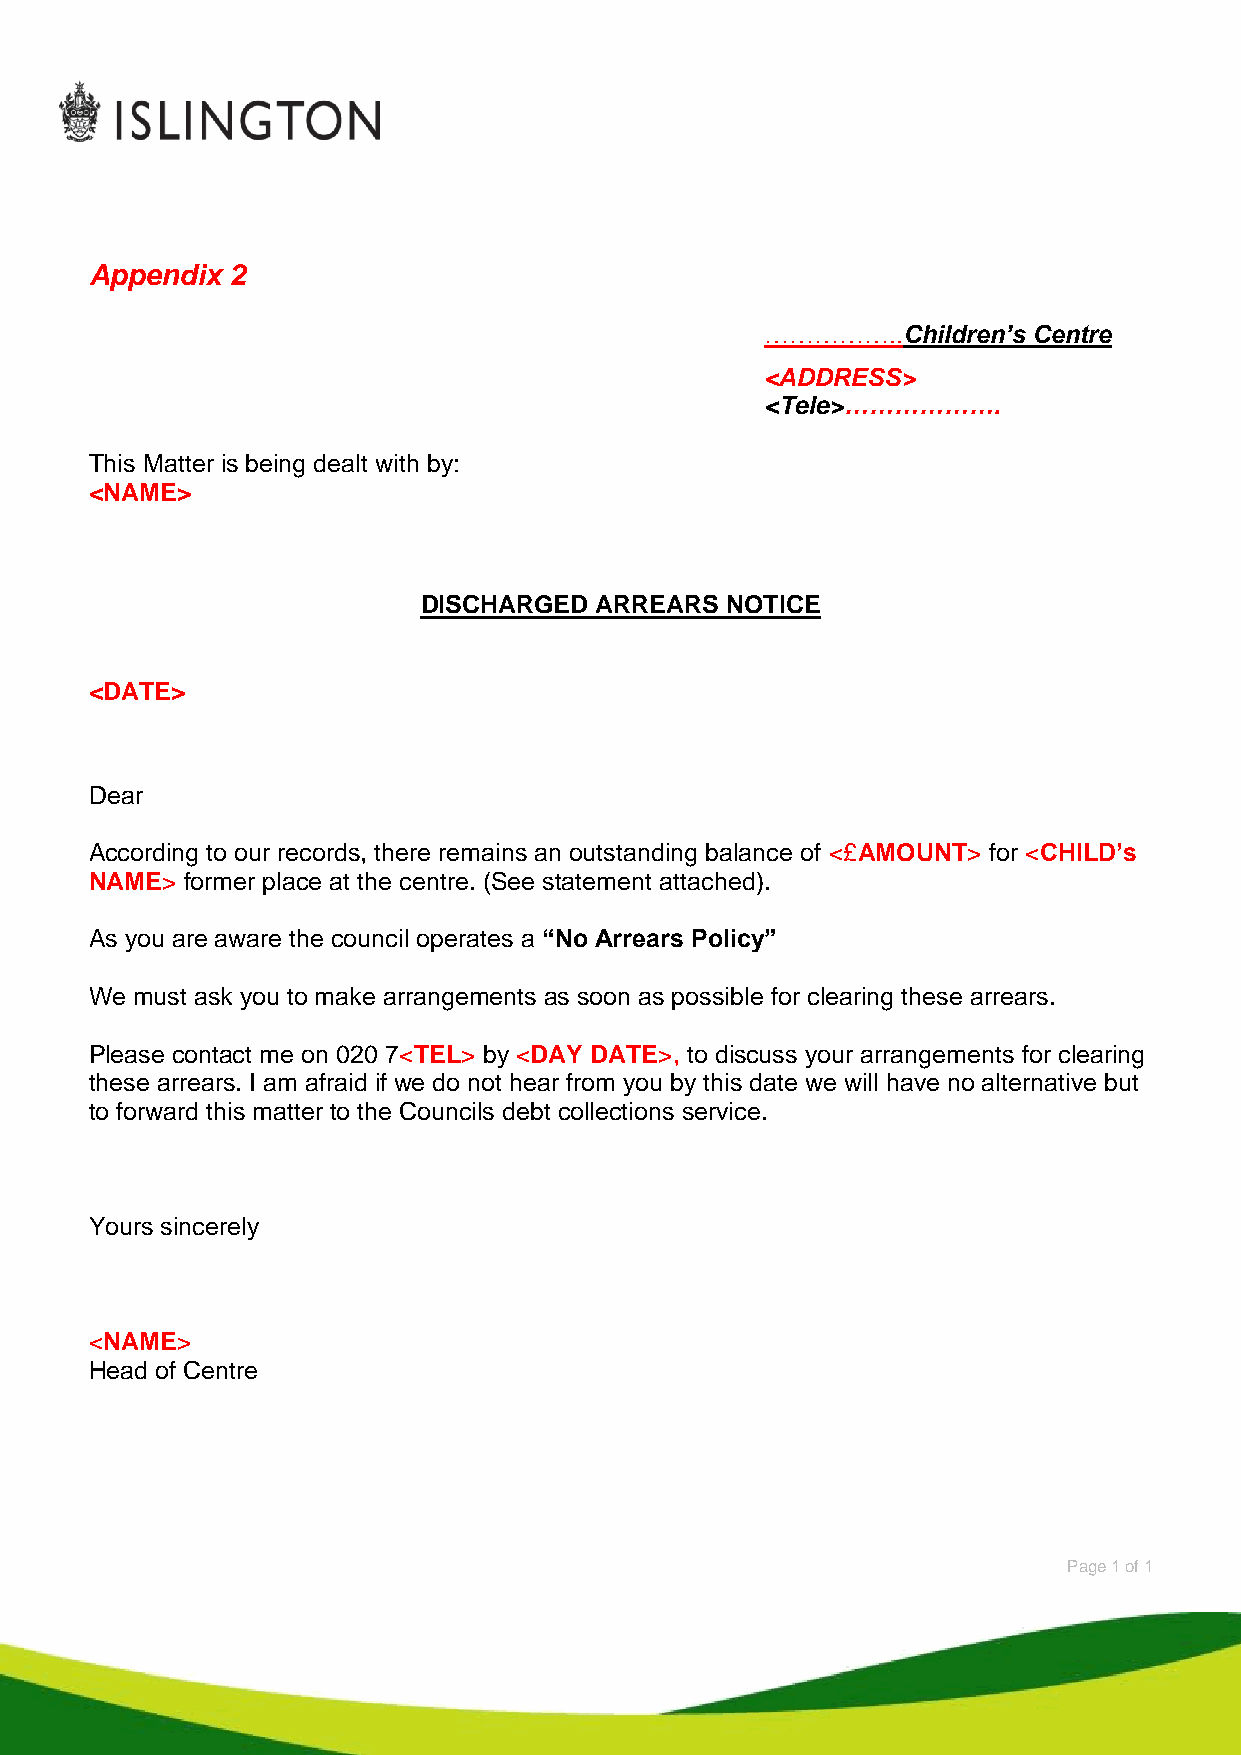
Appendix 2
 ……………..Children’s Centre
 <ADDRESS>
 <Tele>……………….
 This Matter is being dealt with by:
 <NAME>
 DISCHARGED ARREARS  NOTICE
 <DATE>
 Dear
 According to our records, there remains an outstanding balance of <£AMOUNT> for <CHILD’s
 NAME> former place at the centre. (See statement attached).
 As you are aware the council operates a “No Arrears Policy”
 We must ask you to make arrangements as soon as possible for clearing these arrears.
 Please contact me on 020 7<TEL> by <DAY DATE>, to discuss your arrangements for clearing
 these arrears. I am afraid if we do not hear from you by this date we will have no alternative but
 to forward this matter to the Councils debt collections service.
 Yours sincerely
 <NAME>
 Head of Centre
 Page 1 of 1